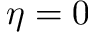
\eta = 0